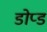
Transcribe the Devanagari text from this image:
डोप्ड